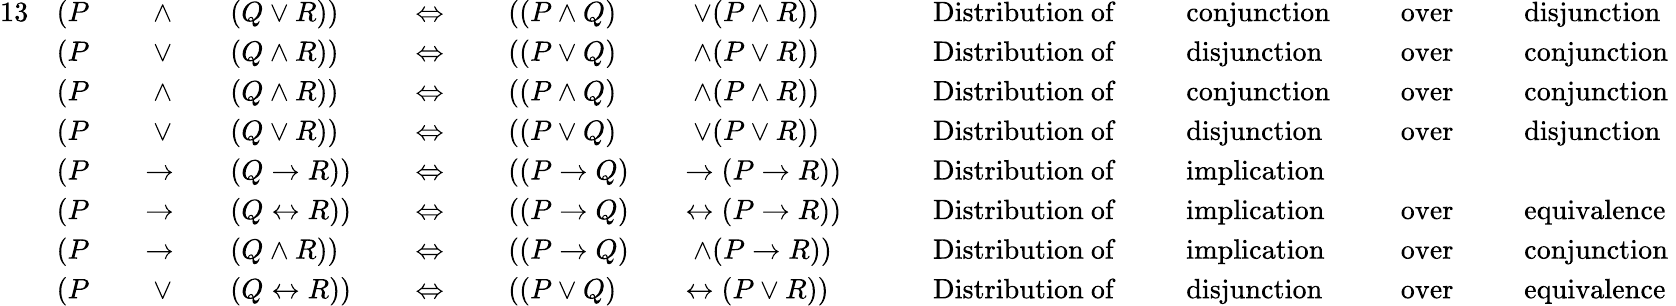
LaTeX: {\begin{array}{rlrlrlrlrlrlrlrlrlrl}{{13}}&{(P}&&{\; \land}&&{(Q\lor R))}&&{\; \Leftrightarrow\; }&&{((P\land Q)}&&{\; \lor(P\land R))}&&{\quad{\mathrm{~Distribution~of~}}}&&{{\mathrm{~conjunction~}}}&&{{\mathrm{~over~}}}&&{{\mathrm{~disjunction~}}}\\ &{(P}&&{\; \lor}&&{(Q\land R))}&&{\; \Leftrightarrow\; }&&{((P\lor Q)}&&{\; \land(P\lor R))}&&{\quad{\mathrm{~Distribution~of~}}}&&{{\mathrm{~disjunction~}}}&&{{\mathrm{~over~}}}&&{{\mathrm{~conjunction~}}}\\ &{(P}&&{\; \land}&&{(Q\land R))}&&{\; \Leftrightarrow\; }&&{((P\land Q)}&&{\; \land(P\land R))}&&{\quad{\mathrm{~Distribution~of~}}}&&{{\mathrm{~conjunction~}}}&&{{\mathrm{~over~}}}&&{{\mathrm{~conjunction~}}}\\ &{(P}&&{\; \lor}&&{(Q\lor R))}&&{\; \Leftrightarrow\; }&&{((P\lor Q)}&&{\; \lor(P\lor R))}&&{\quad{\mathrm{~Distribution~of~}}}&&{{\mathrm{~disjunction~}}}&&{{\mathrm{~over~}}}&&{{\mathrm{~disjunction~}}}\\ &{(P}&&{\to}&&{(Q\to R))}&&{\; \Leftrightarrow\; }&&{((P\to Q)}&&{\to(P\to R))}&&{\quad{\mathrm{~Distribution~of~}}}&&{{\mathrm{~implication~}}}&&{{\mathrm{~}}}&&{{\mathrm{~}}}\\ &{(P}&&{\to}&&{(Q\leftrightarrow R))}&&{\; \Leftrightarrow\; }&&{((P\to Q)}&&{\leftrightarrow(P\to R))}&&{\quad{\mathrm{~Distribution~of~}}}&&{{\mathrm{~implication~}}}&&{{\mathrm{~over~}}}&&{{\mathrm{~equivalence~}}}\\ &{(P}&&{\to}&&{(Q\land R))}&&{\; \Leftrightarrow\; }&&{((P\to Q)}&&{\; \land(P\to R))}&&{\quad{\mathrm{~Distribution~of~}}}&&{{\mathrm{~implication~}}}&&{{\mathrm{~over~}}}&&{{\mathrm{~conjunction~}}}\\ &{(P}&&{\; \lor}&&{(Q\leftrightarrow R))}&&{\; \Leftrightarrow\; }&&{((P\lor Q)}&&{\leftrightarrow(P\lor R))}&&{\quad{\mathrm{~Distribution~of~}}}&&{{\mathrm{~disjunction~}}}&&{{\mathrm{~over~}}}&&{{\mathrm{~equivalence~}}}\end{array}}